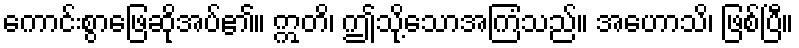
ကောင်းစွာဖြေဆိုအပ်၏။ ဣတိ၊ ဤသို့သောအကြံသည်။ အဟောသိ၊ ဖြစ်ပြီ။